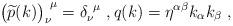
LaTeX: \begin{align*}\bigl(\widetilde{p}(k)\bigr)_\nu^{~\mu}=\delta_\nu^{~\mu}\,\,,q(k)=\eta^{\alpha\beta}k_\alpha k_\beta\,\,,\end{align*}